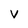
Character: V